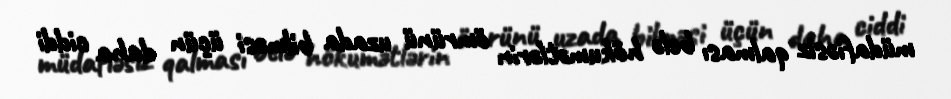
müdafiəsiz qalması belə hökumətlərin ömrünü uzada bilməsi üçün daha ciddi